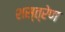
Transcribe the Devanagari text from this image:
शस्त्रेण